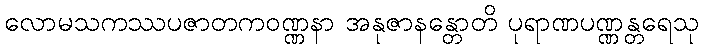
လောမသကဿပဇာတကဝဏ္ဏနာ အနုဇာနန္တောတိ ပုရာဏပဏ္ဏန္တရေသု